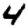
Digit: 4